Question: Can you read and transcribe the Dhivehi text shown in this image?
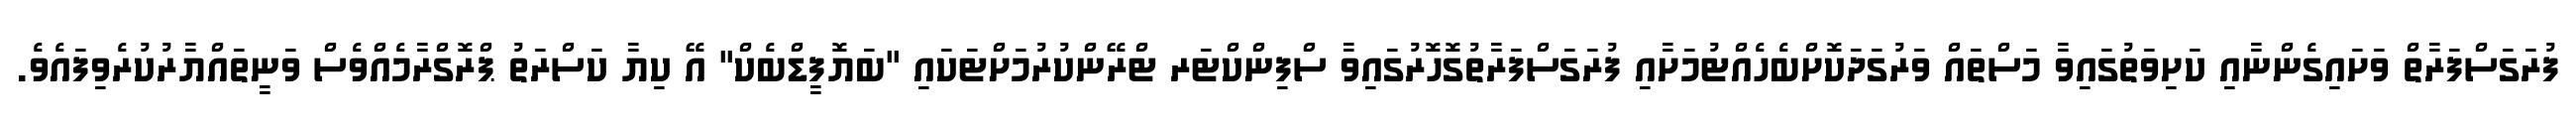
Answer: ފުރަގަސްފަރާތް ވަށައިގެންނާއި ކަށިވަތުގައިވާ މަސްތައް ވަރުގަދަކޮށްބެހެއްޓުމަށާއި ފުރަގަސްފަރާތުގޮހޮރުގައިވާ ސްފިންކްޓަރ ޓްރޭންކުރުމަށްޓަކައި "ބަޔޮފީޑްބެކް" އޭ ކިޔާ ކަސްރަތު ޕްރޮގްރާމެއްވެސް ވަނީތައްޔާރުކުރެވިފައެވެ.